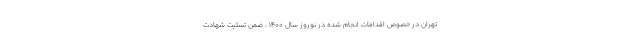
تهران در خصوص اقدامات انجام شده در نوروز سال ۱۴۰۰ ، ضمن تسلیت شهادت